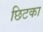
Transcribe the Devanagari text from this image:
छिटका